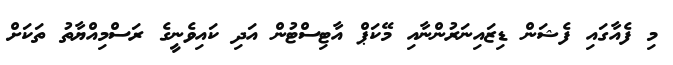
މި ފެއާގައި ފެޝަން ޑިޒައިނަރުންނާއި މޭކަޕް އާޓިސްޓުން އަދި ކައިވެނީގެ ރަސްމިއްޔާތު ތަކަށް